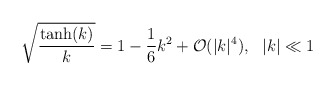
\begin{align*}\sqrt{\frac{\tanh(k)}{k}}=1-\frac{1}{6}k^2+\mathcal{O}(|k|^4),~~|k|\ll 1\end{align*}